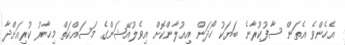
އެހެންވެ އެތަން ސާފުކުރާނެ ބަޔަކު ހޯދަން އިއުލާންކޮށް އިވެލުއޭޝަންގެ މަސައްކަތް މިހާރު ކުރިއަށްދާ